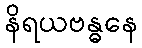
နိရယဗန္ဓနေ